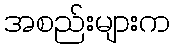
အစည်းများက